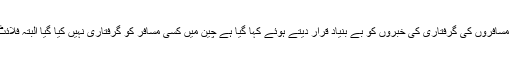
شاہین ایئر کے ترجمان نے چین میں ویزا ختم ہونے پر مسافروں کی گرفتاری کی خبروں کو بے بنیاد قرار دیتے ہوئے کہا گیا ہے چین میں کسی مسافر کو گرفتاری نہیں کیا گیا البتہ فلائٹ منسوخ ہونے سے متعلق کوئی معلومات فراہم نہ کیں۔